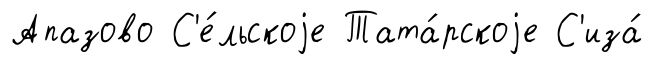
Апазово С'е́льскоjе Тата́рскоjе С'иза́